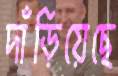
দাঁড়িয়েছে